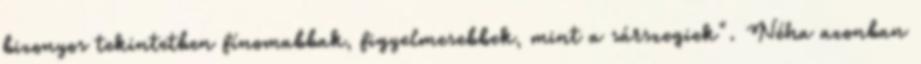
bizonyos tekintetben fínomabbak, figyelmesebbek, mint a sárszegiek". Néha azonban